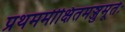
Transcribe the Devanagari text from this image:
प्रथममीक्षितमञ्जुमूर्तेः